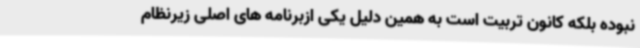
نبوده بلکه کانون تربیت است به همین دلیل یکی ازبرنامه های اصلی زیرنظام